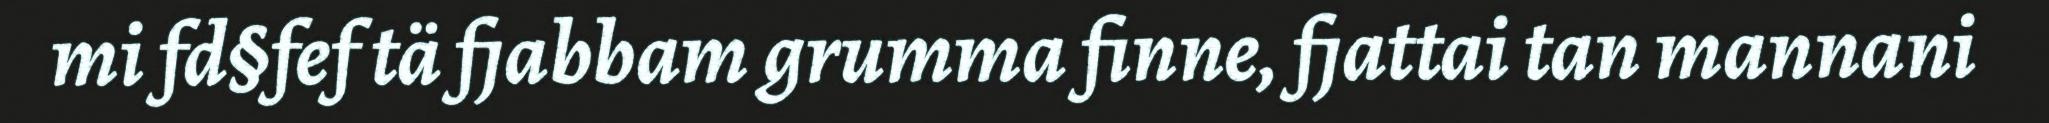
mi fd§fef tä fjabbam grumma finne, fjattai tan mannani